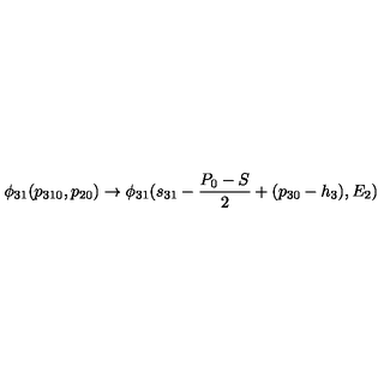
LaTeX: \phi _ { 3 1 } ( p _ { 3 1 0 } , p _ { 2 0 } ) \to \phi _ { 3 1 } ( s _ { 3 1 } - { \frac { P _ { 0 } - S } { 2 } } + ( p _ { 3 0 } - h _ { 3 } ) , E _ { 2 } )